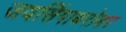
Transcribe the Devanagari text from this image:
जयसिंगाबरोबर